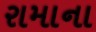
રામાના